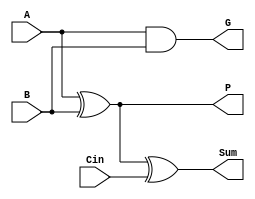
`timescale 1ns / 1ps
//////////////////////////////////////////////////////////////////////////////////
// Company: 
// Engineer: 
// 
// Design Name: 
// Module Name:    GPF 
// Project Name: 
// Target Devices: 
// Tool versions: 
// Description: 
//
// Dependencies: 
//
// Revision: 
// Revision 0.01 - File Created
// Additional Comments: 
//
//////////////////////////////////////////////////////////////////////////////////
   module GPFullAdder(A, B, Cin, G, P, Sum);
      input A;
      input B;
      input Cin;
      output G;
      output P;
      output Sum;
      wire P_int;
      assign G = A & B;
      assign P = P_int;
      assign P_int = A ^ B;
      assign Sum = P_int ^ Cin;
  endmodule